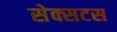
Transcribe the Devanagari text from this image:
सेक्सटस